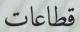
قطاعات